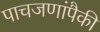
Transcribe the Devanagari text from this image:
पाचजणांपैकी